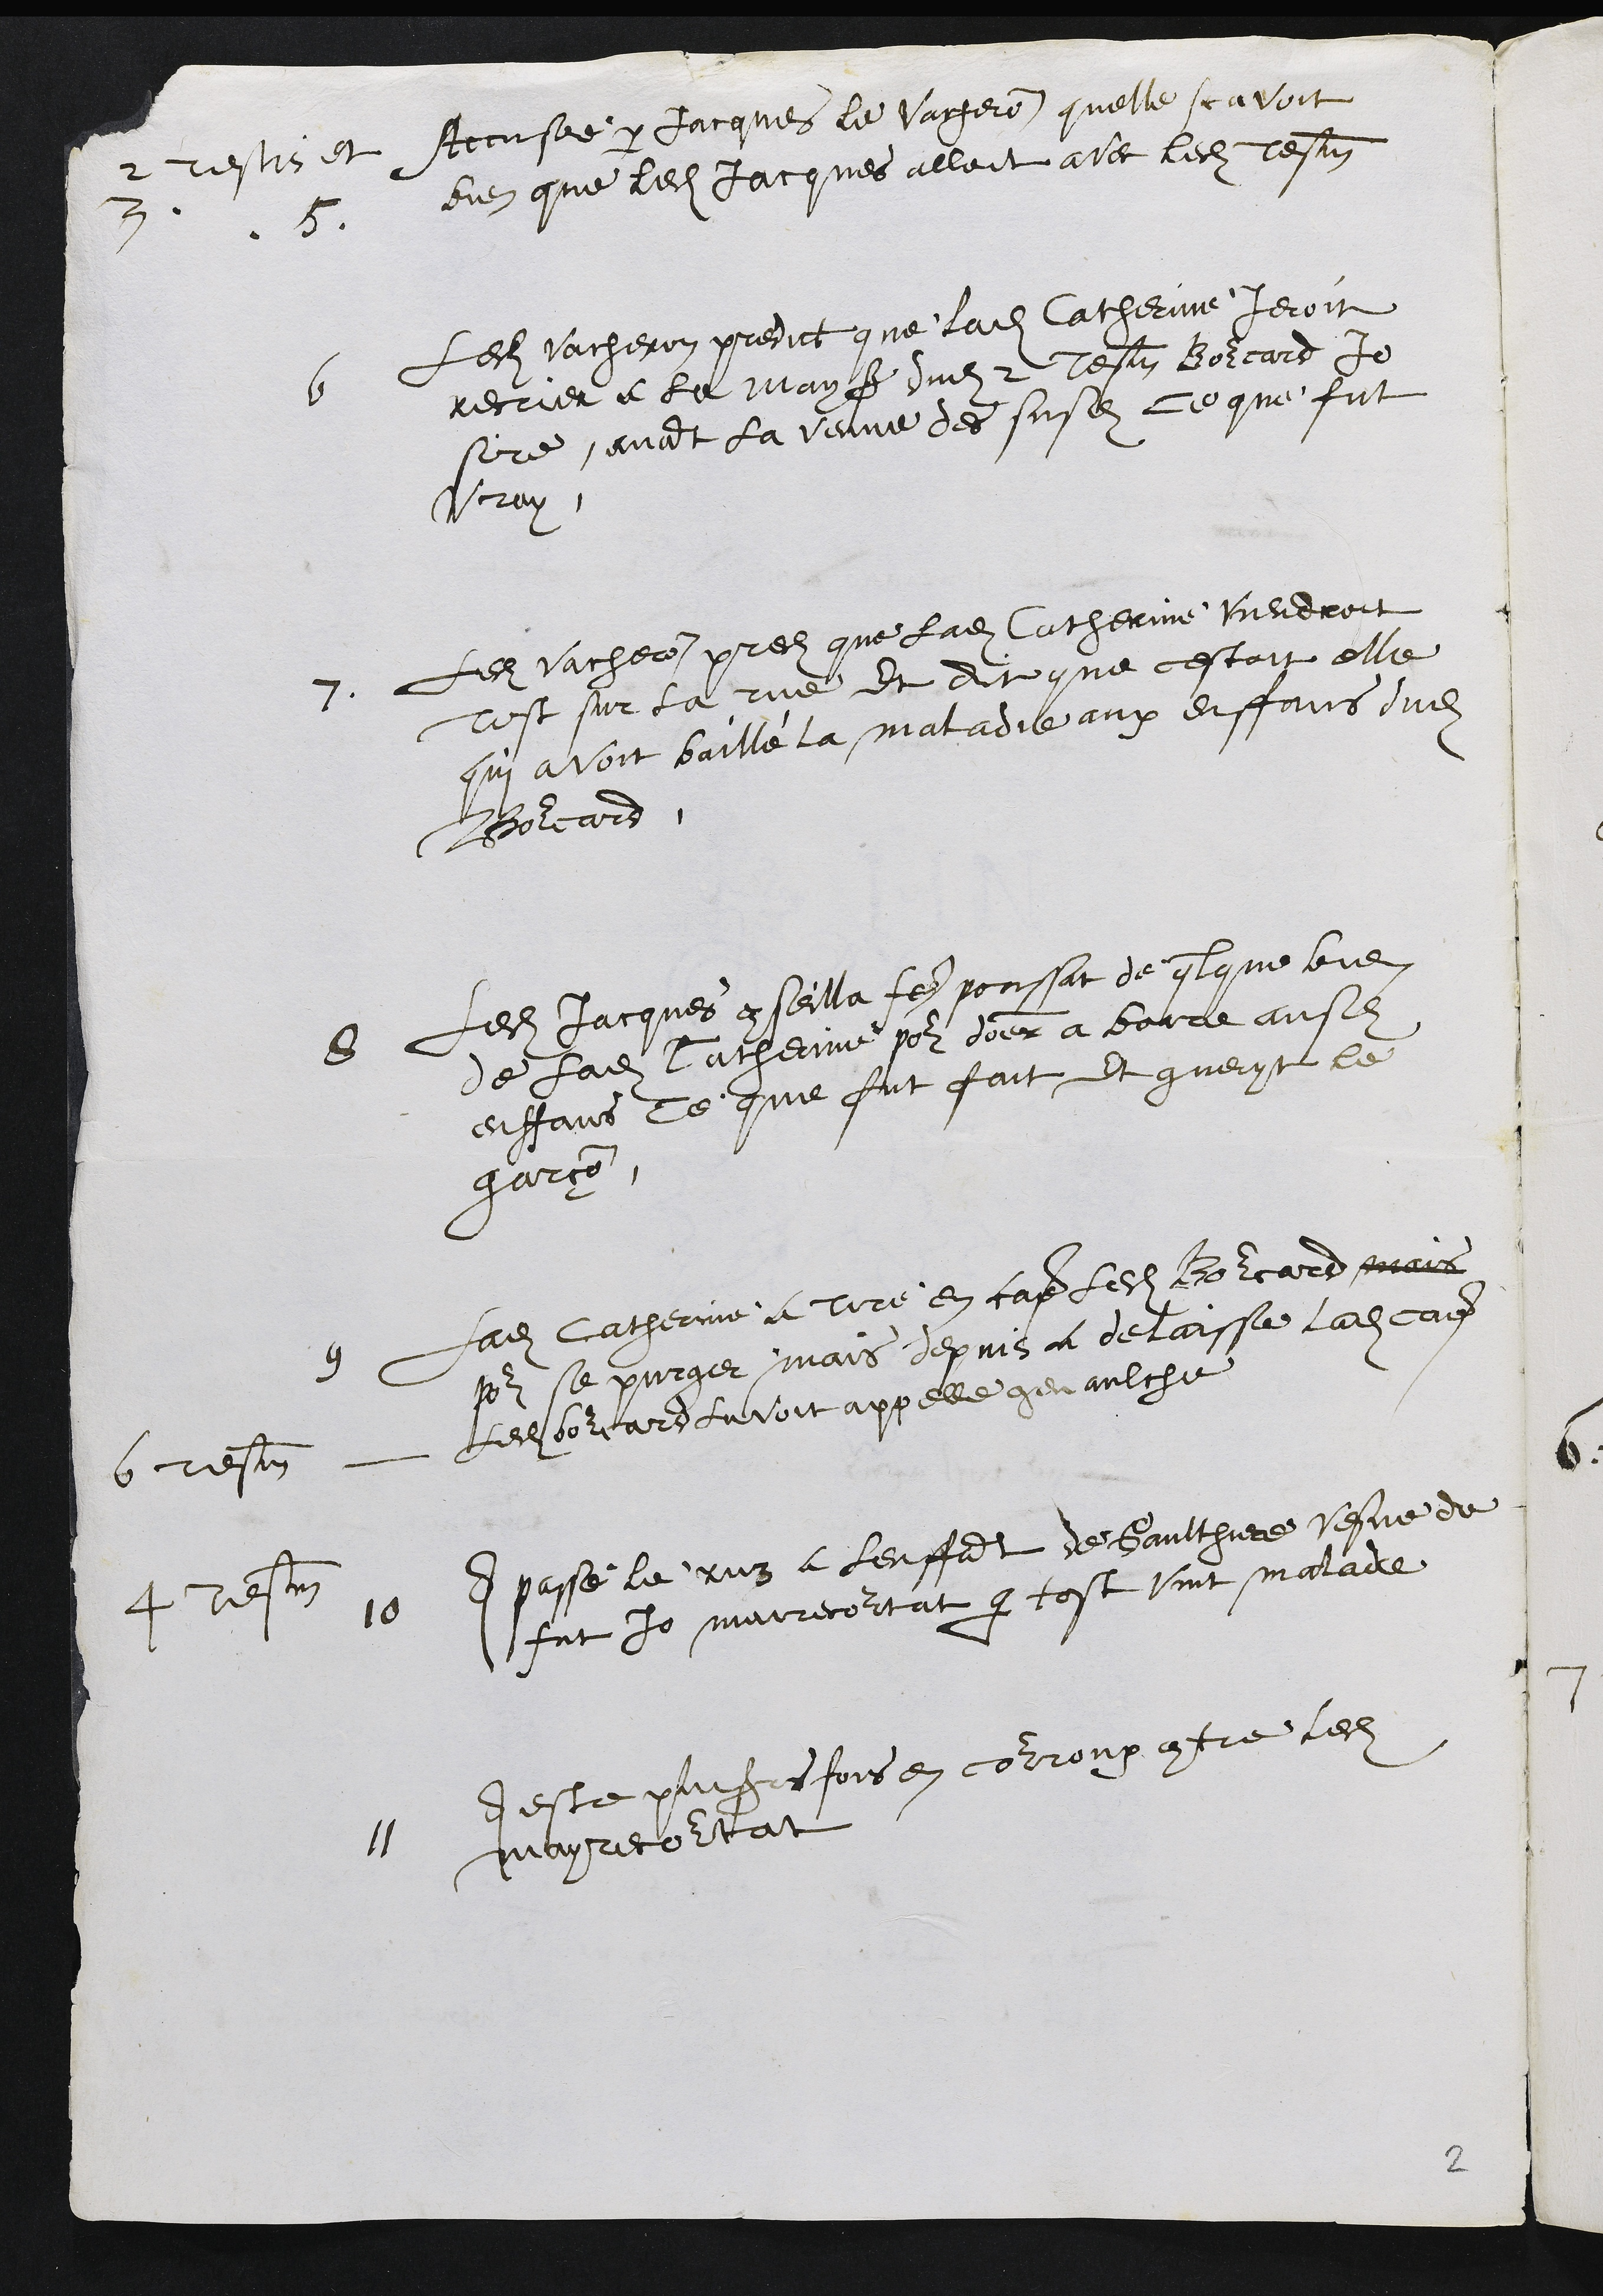
2 testis et
3.
5
Accusée par Jacques le Vacheron quelle scavoit
bien que ledit Jacques alloit avec ledit tesmoin
6
Ledit Vacheron predict que ladite Catherinne Ieroit
recrier a la mays dudit 2 tesm Bourcard Jo
sire, avant la venue des susdits ce que fut
vray.
7.
Ledit Vacheron predit que ladite Catherinne viendroit
tost sur la rue et dit que cestoit elle
qui avoit baillé la maladie aux enffans dudit
Bourcard.
8
Ledit Jacques conseilla faire poussat de qlque bien
de ladite Catherinne pour doner a boire ausdits
enffans ce que fut fait et gueryt le
garçon
9
Ladite Catherinne a tire en cae ledit Bourcard mais
pour se purger, mais depuis a delaisse ladite cause
6 tesmoin
Ledit bourcard lavoit appelle genaulche,
4 tesmoin
10
A passé le ruz a lenffant de Gaulthiere vesve de
fut Jo mairecourtat que tost vint malade
11
A este plusieurs fois en courroux contre ledit
mayrecourtat

2